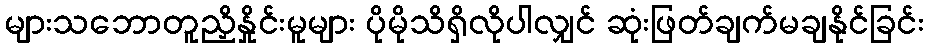
များသဘောတူညှိနှိုင်းမူများ ပိုမိုသိရှိလိုပါလျှင် ဆုံးဖြတ်ချက်မချနိုင်ခြင်း